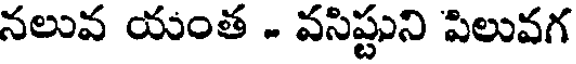
నలువ యంత - వసిష్టుని పిలువగ